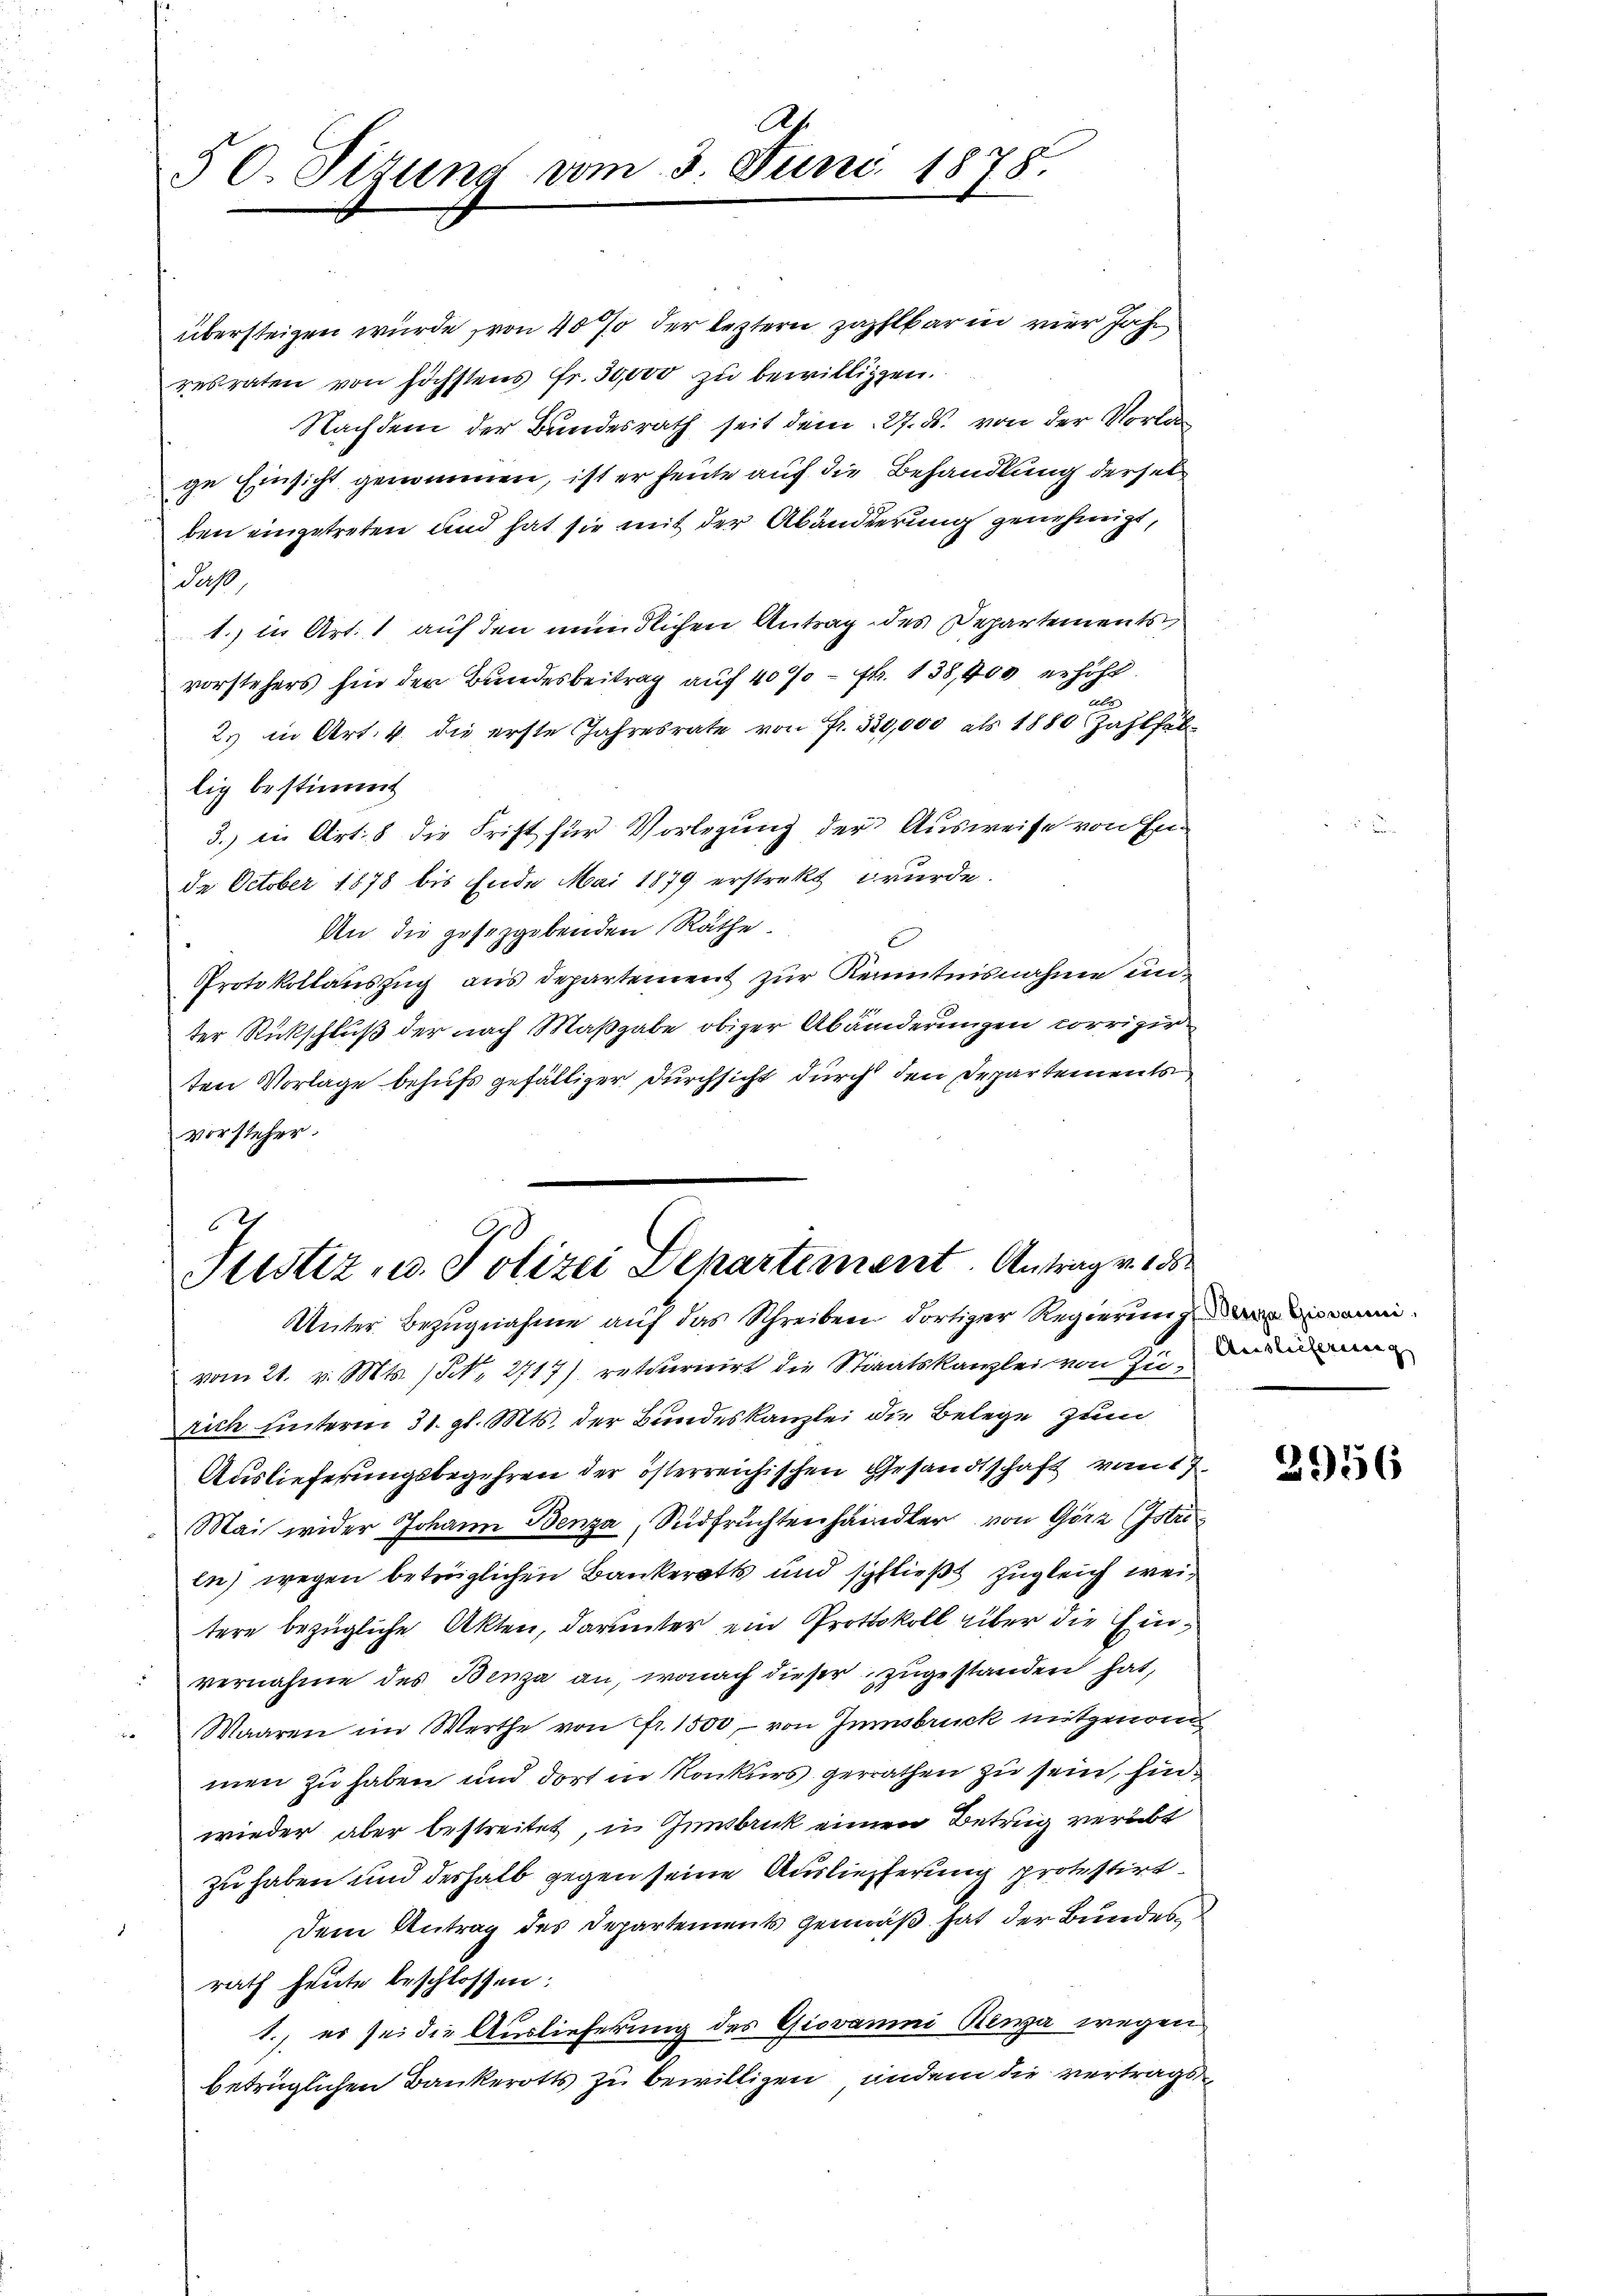
Ah.
50. Pitung vom 3. Juni 1878.

übersteigen würde von 40% der leztern zahlbar in vier Jahr
resraten von höchstens Fr. 50,000 zu bewilligen.
Nachdem der Bundesrath seit dem 27. ds. von der Vorlage Einsicht genommen, ist er heute auf die Behandlung derselben eingetreten und hat sie mit der Abänderrung genehmigt,
da
1. in Art. 1 auf den mündlichen Antrag des Departements
vorstehers für der Bundesbeitrag auf 40% = Fr. 138,400 erholt.
e
2. in Art. 4. die erste Jahresrate von Fr. 320,000 als 1880 Zahlhab
lig bestimmt
3.) in Art. 8 die Frist für Vorlegung der Ausweise von Ende October 1878 bis Ende Mai 1879 erstrekt wurde.
An die gesetzgebenden Räthe.
Protokollauszug aus departement zur Kenntnisnahme un
ter Rückschluß der nach Maßgabe obiger Abänderungen corrigir
ten Vorlage behufs gefälliger Durchsicht durch den Departements
vorsteher.

2
Stistiz- u. Polizei Departienent. Antrag v. 155
Unter Bezugnahme auf das Schreiben dortiger Regierungen

vom 21. v. Mts. (N. 2717) retournirt die Staatskanzlei von Zudemi
srich unterm 31. gl. Mts. der Bundeskanzlei die Belege zum
Auslieferungsbegehren der österreichischen Gesandtschaft vom 17.
Mai wider Johann Benza, Südfrüchtenhändler von Görz (Istri
en) wegen betrüglichen Bankerotts und schließt zugleich weitere bezügliche Akten, darunter ein Protokoll über die Einvernahme des Benza an, wonach dieser zugestanden hat,
 Waaren im Werthe von Fr. 1500 von Innsbruck mitgenom
men zu haben und dort in Konkurs gerrathen zu sein, hinwieder aber bestreitet, in Innsbruck einen Betrug verübt
zu haben und deshalb gegen seine Auslieferung protestirt.
Dem Antrag des Departements gemäß hat der Bundes
rath heute beschlossen:
1.) es sei die Auslieferung des Giovanni Rena wegen
betrüglichen Bankerotts zu bewilligen, indem die vertrags

g

2956